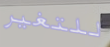
للتغير